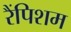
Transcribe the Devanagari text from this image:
रैंपिशम